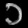
Digit: ၁